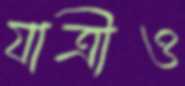
যাত্রীও